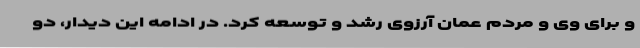
و برای وی و مردم عمان آرزوی رشد و توسعه کرد. در ادامه این دیدار، دو